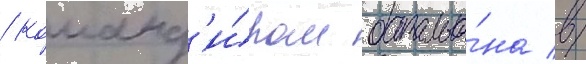
/ команд'и́ром батальо́на в/